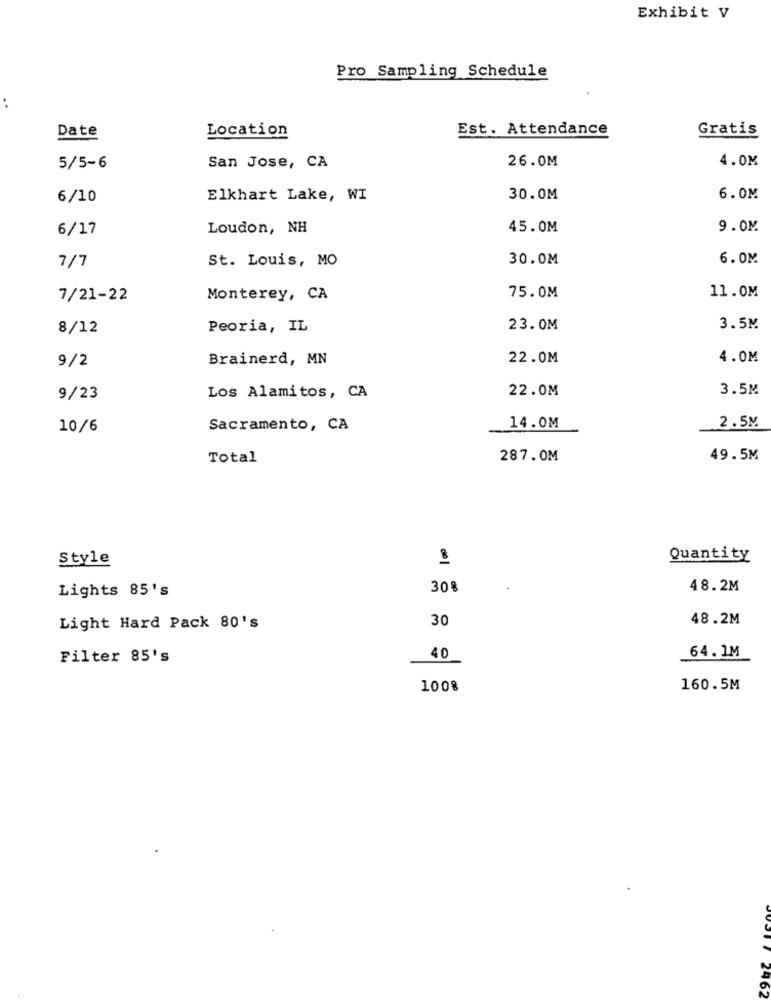
Exhibit V
Pro Sampling Schedule
..
Date
Location
Est. Attendance
Gratis
26.0M
4.0M
5/5-6
San Jose, CA
6/10
Elkhart Lake, WI
30.0M
6.0M
6/17
Loudon, NH
45.0M
9.0M
St. Louis, MO
30.0M
6.0M
7/7
11.0M
7/21-22
Monterey, CA
75.0M
8/12
Peoria, IL
23.0M
3.5M
Brainerd, MN
22.0M
4.0M
9/2
22.0M
3.5M
9/23
Los Alamitos, CA
10/6
Sacramento, CA
14.0M
2.5M
Total
287.0M
49.5M
Style
Quantity
Lights 85's
30%
48.2M
48.2M
Light Hard Pack 80's
30
Filter 85's
40
64.1M
1008
160.5M
2462